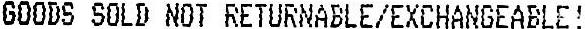
GOODS SOLD NOT RETURNABLE/EXCHANGEABLE!